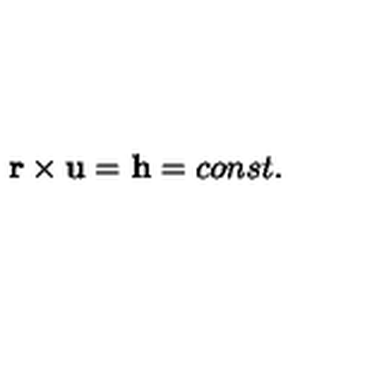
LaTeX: \mathbf { r } \times \mathbf { u } = \mathbf { h } = c o n s t .